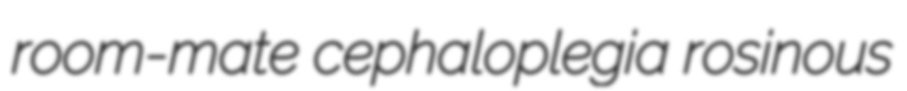
room-mate cephaloplegia rosinous